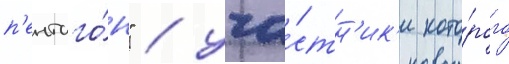
п'ентаго́н" / уча́стн'ик'и кото́рого